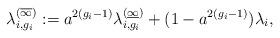
LaTeX: \begin{align*}\lambda_{i,g_i}^{(\overline{\infty})} &:= a^{2(g_i-1)}\lambda_{i,g_i}^{(\underline{\infty})} + (1-a^{2(g_i-1)})\lambda_i, \end{align*}